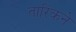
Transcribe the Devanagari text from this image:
तारिकने